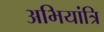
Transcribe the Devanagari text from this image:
अभियांत्रि